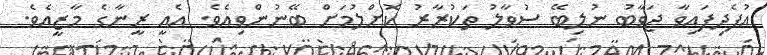
އުފެދިފައިވާ ޖަވާބު ނުލިބޭ ސުވާލު ތަކުރާރު ކޮށްލުމަށް ބޭނުންވިއެވެ. އެއީ ރީނާގެ މާޒީއެވެ.